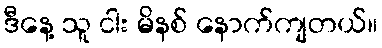
ဒီနေ့ သူ ငါး မိနစ် နောက်ကျတယ်။